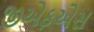
જીએફએસ